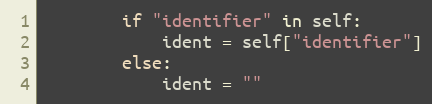
Language: Python
        if "identifier" in self:
            ident = self["identifier"]
        else:
            ident = ""